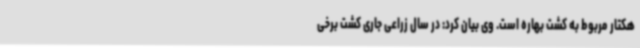
هکتار مربوط به کشت بهاره است. وی بیان کرد: در سال زراعی جاری کشت برخی